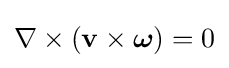
\nabla \times (\mathbf {v} \times {\boldsymbol {\omega }})=0